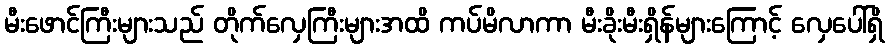
မီးဖောင်ကြီးများသည် တိုက်လှေကြီးများအထိ ကပ်မိလာကာ မီးခိုးမီးရှိန်များကြောင့် လှေပေါ်ရှိ